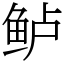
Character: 鲈